Report on vaccination in Madras 1895-1903 - 1895-1903
Year: 1895
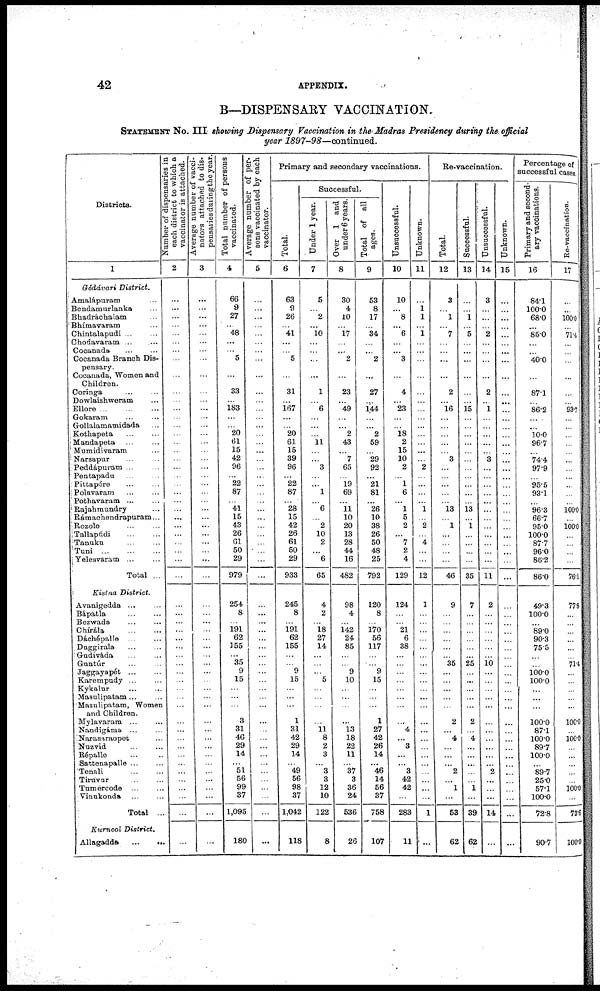
42
APPENDIX.
B—DISPENSARY VACCINATION.
STATEMENT No. III showing Dispensary Vaccination in the Madras Presidency during the official
year 1897-98—continued.
Districts.
1
Gódávari District.
Amalápuram ...
Bendamnrlanka ...
Bhadráchalam ...
Bhímavaram ...
Chintalapudi ... ...
Chodavaram ... ...
Cocanada ... ...
Cocanada Branch Dis-
pensary.
Cocanada, Women and
Children.
Coringa ... ...
Dowlaishweram ...
Ellore ... ... ...
Gokaram ... ...
Gollalamamidada ...
Kothapeta ... ...
Mandapeta ... ...
Mumidivaram ...
Narsapur ... ...
Peddápuram ... ...
Pentapadu ... ...
Pittapóre ... ...
Polavaram ... ...
Pothavaram ... ...
Rajahmundry ...
Rámachendrapuram ...
Rozole ... ...
Tallapúdi
...
...
Tanuku
...
...
Tuni
...
...
...
Yelesvaram ... ...
Total ...
Kistna District.
Avanigedda ... ...
Bápatla ... ...
Bezwada ... ...
Chírála
...
...
Dáchépalle ... ...
Duggirala ... ...
Gudiváda ... ...
Gantúr ... ...
Jaggayapét ... ...
Karempudy ... ...
Kykalur ... ...
Masalipatam ... ...
Masulipatam, Women
and Children.
Mylavaram ... ...
Nandigáma ... ...
Narasaraopet ...
Nuzvid ... ...
Répalle
...
...
Sattenapalle ... ...
Tenali
...
...
Tiruvur ... ...
Tumercode ... ...
Vinukonda ... ...
Total ..
Kurnool District.
Allagadda
...
...
Number of dispensaries in
each district to which a
vaccinator is attached.
2
...
...
...
...
...
...
...
...
...
...
...
...
...
...
...
...
...
...
...
...
...
...
...
...
...
...
...
...
...
...
...
...
...
...
...
...
...
...
...
...
...
...
...
...
...
...
...
...
...
...
...
...
...
...
...
...
Average number of vacci-
nators attached to dis-
pensaries during the year.
3
...
...
...
...
...
...
...
...
...
...
...
...
...
...
...
...
...
...
...
...
...
...
...
...
...
...
...
...
...
...
...
...
...
...
...
...
...
...
...
...
...
...
...
...
...
...
...
...
...
...
...
...
...
...
...
...
Total number of persons
vaccinated.
4
66
9
27
...
48
...
...
5
...
33
...
183
...
...
20
61
15
42
96
...
22
87
...
41
15
43
26
61
50
29
979
254
8
...
191
62
155
...
35
9
15
...
...
...
3
31
46
29
14
...
51
56
99
37
1,095
180
Average number of per-
sons vaccinated by each
vaccinator.
5
...
...
...
...
...
...
...
...
...
...
...
...
...
...
...
...
...
...
...
...
...
...
...
...
...
...
...
...
...
...
...
...
...
...
...
...
...
...
...
...
...
...
...
...
...
...
...
...
...
...
...
...
...
...
...
...
Primary and secondary vaccinations.
Total.
6
63
9
26
...
41
...
...
5
...
31
...
167
...
...
20
61
15
39
96
...
22
87
...
28
15
42
26
61
50
29
933
245
8
...
191
62
155
...
...
9
15
...
...
...
1
31
42
29
14
...
49
56
98
37
1,042
118
Successful.
Under 1 year.
7
5
...
2
...
10
...
...
...
...
1
...
6
...
...
...
11
...
...
3
...
...
1
...
6
...
2
10
2
...
6
65
4
2
...
18
27
14
...
...
...
5
...
...
...
...
11
8
2
3
...
3
3
12
10
122
8
Over 1 and
under 6 years.
8
30
4
10
...
17
...
...
2
...
23
...
49
...
...
2
43
...
7
65
...
19
69
...
11
10
20
13
28
44
16
482
98
4
...
142
24
85
...
...
9
10
...
...
...
...
13
18
22
11
...
37
3
36
24
536
26
Total of all
ages.
9
53
8
17
...
34
...
...
2
...
27
...
144
...
...
2
59
...
29
92
...
21
81
...
26
10
38
26
50
48
25
792
120
8
...
170
56
117
...
...
9
15
...
...
...
1
27
42
26
14
...
46
14
56
37
758
107
Unsuccessful.
10
10
...
8
...
6
...
...
3
...
4
...
23
...
...
18
2
15
10
2
...
1
6
...
1
5
2
...
7
2
4
129
124
...
...
21
6
38
...
...
...
...
...
...
...
...
4
...
3
...
...
3
42
42
...
283
11
Unknown.
11
...
1
1
...
1
...
...
...
...
...
...
...
...
...
...
...
...
...
2
...
...
...
...
1
...
2
...
4
...
...
12
1
...
...
...
...
...
...
...
...
...
...
...
...
...
...
...
...
...
...
...
...
...
...
1
...
Re-vaccination.
Total.
12
3
...
1
...
7
...
...
...
...
2
...
16
...
...
...
...
...
3
...
...
...
...
...
13
...
1
...
...
...
...
46
9
...
...
...
...
...
...
35
...
...
...
...
...
2
...
4
...
...
...
2
...
1
...
53
62
Successful.
13
...
...
1
...
5
...
...
...
...
...
15
...
...
...
...
...
...
...
...
...
...
...
13
...
1
...
...
...
...
35
7
...
...
...
...
...
...
25
...
...
...
...
...
2
...
4
...
...
...
...
...
1
...
39
62
Unsuccessful.
14
3
...
...
...
2
...
...
...
...
2
...
1
...
...
...
...
...
3
...
...
...
...
...
...
...
...
...
...
...
...
11
2
...
...
...
...
...
...
10 ...
...
...
...
...
...
...
...
...
...
...
2
...
...
...
14
...
Unknown.
15
...
...
...
...
...
...
...
...
...
...
...
...
...
...
...
...
...
...
...
...
...
...
...
...
...
...
...
...
...
...
...
...
...
...
...
...
...
...
...
...
...
...
...
...
...
...
...
...
...
...
...
...
...
...
...
...
Percentage of
successful cases.
Primary and second-
ary vaccinations.
16
84.1
100.0
68.0
...
85.0
...
...
40.0
...
87.1
...
86.2
...
...
10.0
96.7
...
74.4
97.9
...
95.5
93.1
...
96.3
66.7
95.0
100.0
87.7
96.0
86.2
86.0
49.3
100.0
...
89.0
90.3
75.5
...
...
100.0
100.0
...
...
...
100.0
87.1
100.0
89.7
100.0
...
89.7
25.0
57.1
100.0
72.8
90.7
Re-vaccination.
17
...
...
100.0
...
71.4
...
...
...
...
...
...
93.7
...
...
...
...
...
...
...
...
...
...
...
100.0
...
100.0
...
...
...
...
76.1
77.8
...
...
...
...
...
...
71.4 ...
...
...
...
...
100.0
...
100.0
...
...
...
...
...
100.0
...
73.6
100.0